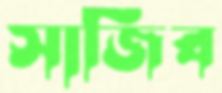
সাজিব